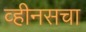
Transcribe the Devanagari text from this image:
व्हीनसचा